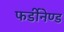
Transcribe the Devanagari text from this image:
फर्डीनेण्ड